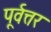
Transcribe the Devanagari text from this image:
पूर्वत्तर